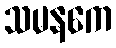
သမနကေ